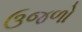
ઉજળો